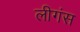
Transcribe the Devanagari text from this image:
लीगंस